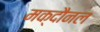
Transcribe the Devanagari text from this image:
मक्दौनल